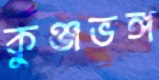
কুঞ্জভঙ্গ